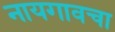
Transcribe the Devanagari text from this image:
नायगावचा